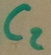
Text: C2